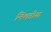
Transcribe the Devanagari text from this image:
मिशडीया